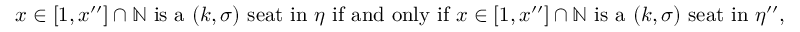
\begin{array} { r } { x \in [ 1 , x ^ { \prime \prime } ] \cap { \mathbb { N } } ~ \mathrm { i s ~ a } ~ ( k , \sigma ) ~ \mathrm { s e a t ~ i n } ~ \eta ~ \mathrm { i f ~ a n d ~ o n l y ~ i f } ~ x \in [ 1 , x ^ { \prime \prime } ] \cap { \mathbb { N } } ~ \mathrm { i s ~ a } ~ ( k , \sigma ) ~ \mathrm { s e a t ~ i n } ~ \eta ^ { \prime \prime } , } \end{array}